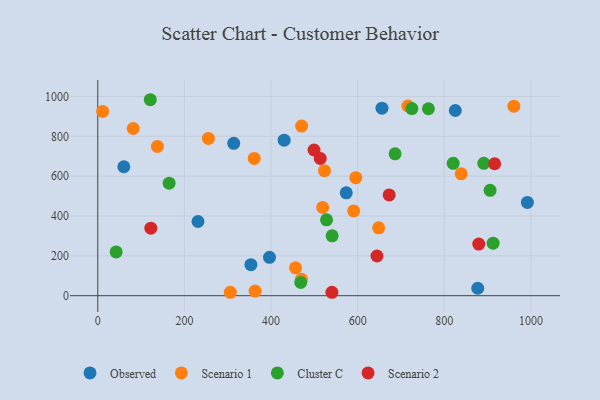
{"axis": {"x": "Ad Spend", "y": "Exam Score"}, "legend": ["Cluster C", "Observed", "Scenario 1", "Scenario 2"], "data": [{"x": "991.9", "y": 468.4, "type": "Observed"}, {"x": "573.7", "y": 516.4, "type": "Observed"}, {"x": "656.2", "y": 941.3, "type": "Observed"}, {"x": "430.3", "y": 780.4, "type": "Observed"}, {"x": "877.3", "y": 37.5, "type": "Observed"}, {"x": "825.5", "y": 929.6, "type": "Observed"}, {"x": "353.6", "y": 155.6, "type": "Observed"}, {"x": "231.4", "y": 372.3, "type": "Observed"}, {"x": "60.2", "y": 647.3, "type": "Observed"}, {"x": "313.9", "y": 764.6, "type": "Observed"}, {"x": "396.5", "y": 192.4, "type": "Observed"}, {"x": "456.6", "y": 140.0, "type": "Scenario 1"}, {"x": "716.1", "y": 952.2, "type": "Scenario 1"}, {"x": "363.3", "y": 23.3, "type": "Scenario 1"}, {"x": "255.4", "y": 789.3, "type": "Scenario 1"}, {"x": "470.2", "y": 82.5, "type": "Scenario 1"}, {"x": "361.2", "y": 689.2, "type": "Scenario 1"}, {"x": "470.6", "y": 851.3, "type": "Scenario 1"}, {"x": "523.4", "y": 627.4, "type": "Scenario 1"}, {"x": "137.7", "y": 749.2, "type": "Scenario 1"}, {"x": "11.2", "y": 925.1, "type": "Scenario 1"}, {"x": "306.0", "y": 17.2, "type": "Scenario 1"}, {"x": "590.9", "y": 425.5, "type": "Scenario 1"}, {"x": "960.7", "y": 951.0, "type": "Scenario 1"}, {"x": "839.1", "y": 611.9, "type": "Scenario 1"}, {"x": "648.5", "y": 340.7, "type": "Scenario 1"}, {"x": "519.3", "y": 443.1, "type": "Scenario 1"}, {"x": "595.8", "y": 592.4, "type": "Scenario 1"}, {"x": "81.8", "y": 839.1, "type": "Scenario 1"}, {"x": "891.3", "y": 664.3, "type": "Cluster C"}, {"x": "541.1", "y": 300.7, "type": "Cluster C"}, {"x": "905.8", "y": 528.7, "type": "Cluster C"}, {"x": "468.6", "y": 66.2, "type": "Cluster C"}, {"x": "725.2", "y": 939.3, "type": "Cluster C"}, {"x": "686.4", "y": 712.1, "type": "Cluster C"}, {"x": "820.6", "y": 664.3, "type": "Cluster C"}, {"x": "121.3", "y": 983.6, "type": "Cluster C"}, {"x": "763.4", "y": 938.3, "type": "Cluster C"}, {"x": "42.4", "y": 219.8, "type": "Cluster C"}, {"x": "912.8", "y": 263.4, "type": "Cluster C"}, {"x": "528.2", "y": 381.0, "type": "Cluster C"}, {"x": "164.7", "y": 564.8, "type": "Cluster C"}, {"x": "122.5", "y": 339.0, "type": "Scenario 2"}, {"x": "916.3", "y": 662.2, "type": "Scenario 2"}, {"x": "879.7", "y": 258.9, "type": "Scenario 2"}, {"x": "499.3", "y": 731.3, "type": "Scenario 2"}, {"x": "672.8", "y": 505.6, "type": "Scenario 2"}, {"x": "513.6", "y": 689.0, "type": "Scenario 2"}, {"x": "540.6", "y": 17.2, "type": "Scenario 2"}, {"x": "644.6", "y": 199.3, "type": "Scenario 2"}]}